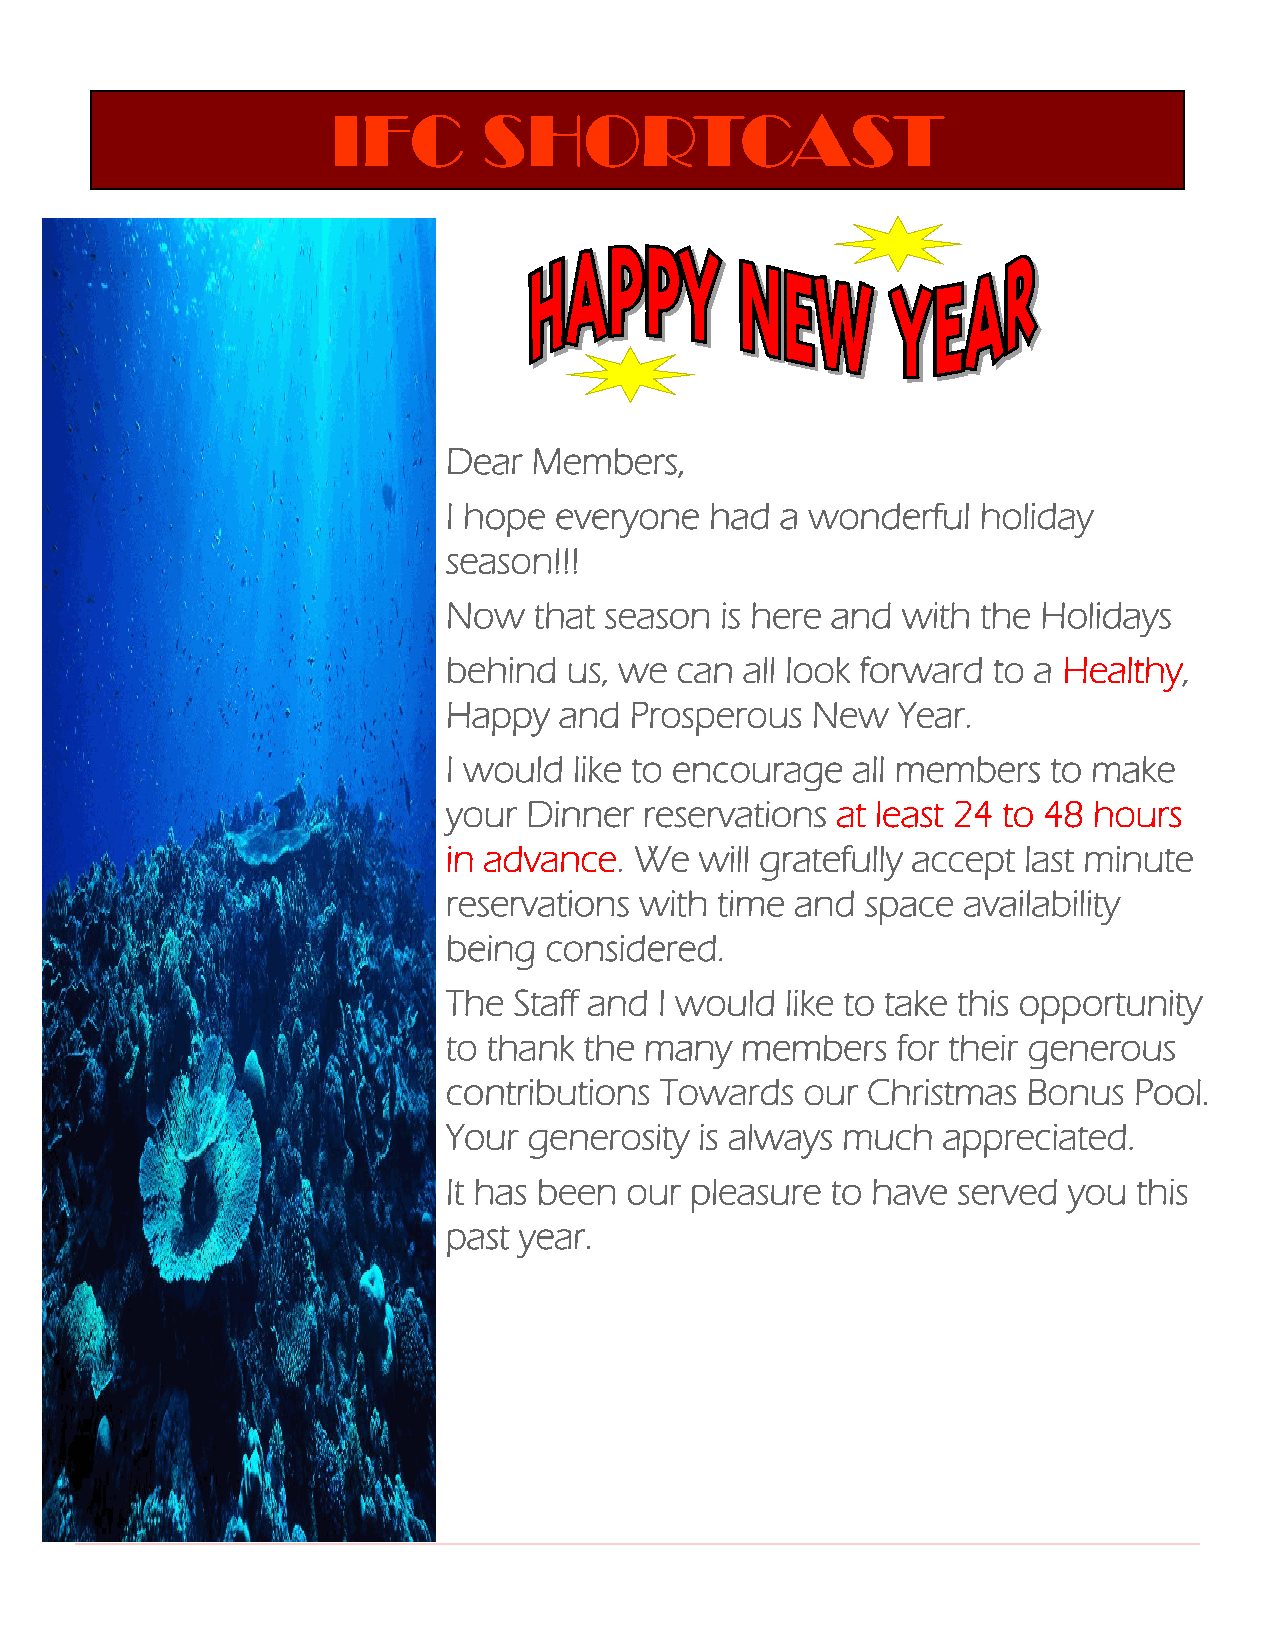
IFC       SHORTCAST
 Dear Members,
 I hope everyone  had  a wonderful  holiday
 season!!!
 Now  that season  is here and with the Holidays
 behind  us, we can all look forward to a Healthy,
 Happy  and  Prosperous  New  Year.
 I would like to encourage all members   to make
 your Dinner  reservations at least 24 to 48 hours
 in advance. We  will gratefully accept last minute
 reservations with time and space  availability
 being considered.
 The Staff and I would like to take this opportunity
 to thank the many  members   for their generous
 contributions Towards  our Christmas  Bonus  Pool.
 Your generosity is always much  appreciated.
 It has been our pleasure to have served  you this
 past year.